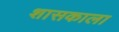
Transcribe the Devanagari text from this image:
शासकाला